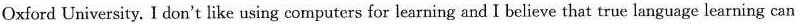
Oxford University. I don't like using computers for learning and I believe that true language learning can